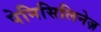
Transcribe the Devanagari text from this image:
पेनिसिलिनेज़